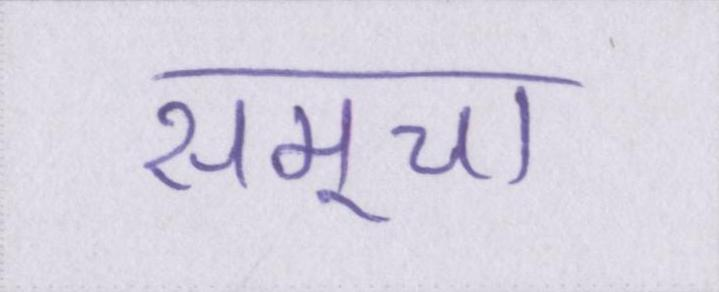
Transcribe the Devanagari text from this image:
समूचा